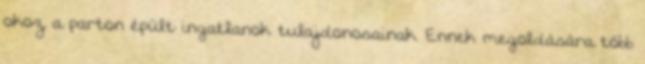
okoz a parton épült ingatlanok tulajdonosainak. Ennek megoldására több